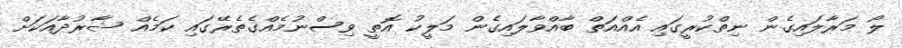
ލޯ މަރާލައިގެން ނިތްކުރީގައި އެއްއަތް ބާއްވާލައިގެން މަލީކު އޮތީ ވިސްނުމެއްގެތެރޭގައި ކަމެއް ޝާރުދާއަކަށް